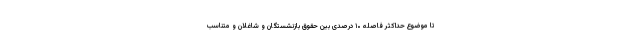
تا موضوع حداکثر فاصله ۱۰ درصدی بین حقوق بازنشستگان و شاغلان و متناسب